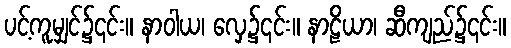
ပင့်ကူမျှင်၌၎င်း။ နာဝါယ၊ လှေ၌၎င်း။ နာဠိယာ၊ ဆီကျည်၌၎င်း။